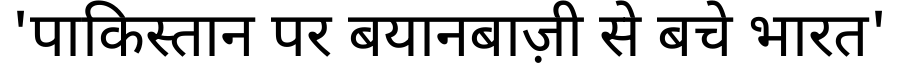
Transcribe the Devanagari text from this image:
'पाकिस्तान पर बयानबाज़ी से बचे भारत'